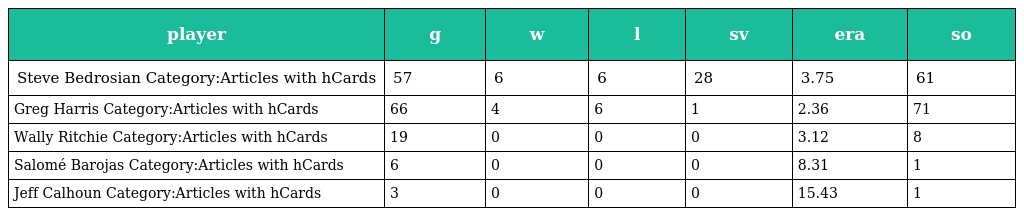
| player | g | w | l | sv | era | so |
 | --- | --- | --- | --- | --- | --- | --- |
 | Steve Bedrosian Category:Articles with hCards | 57 | 6 | 6 | 28 | 3.75 | 61 |
 | Greg Harris Category:Articles with hCards | 66 | 4 | 6 | 1 | 2.36 | 71 |
 | Wally Ritchie Category:Articles with hCards | 19 | 0 | 0 | 0 | 3.12 | 8 |
 | Salomé Barojas Category:Articles with hCards | 6 | 0 | 0 | 0 | 8.31 | 1 |
 | Jeff Calhoun Category:Articles with hCards | 3 | 0 | 0 | 0 | 15.43 | 1 |